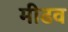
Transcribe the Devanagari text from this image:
मीढव